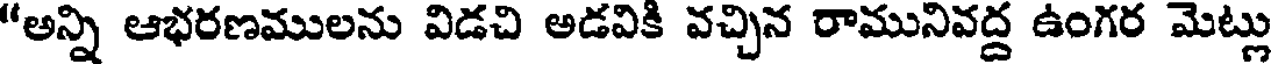
"అన్ని ఆభరణములను విడచి అడవికి వచ్చిన రామునివద్ద ఉంగర మెట్లు